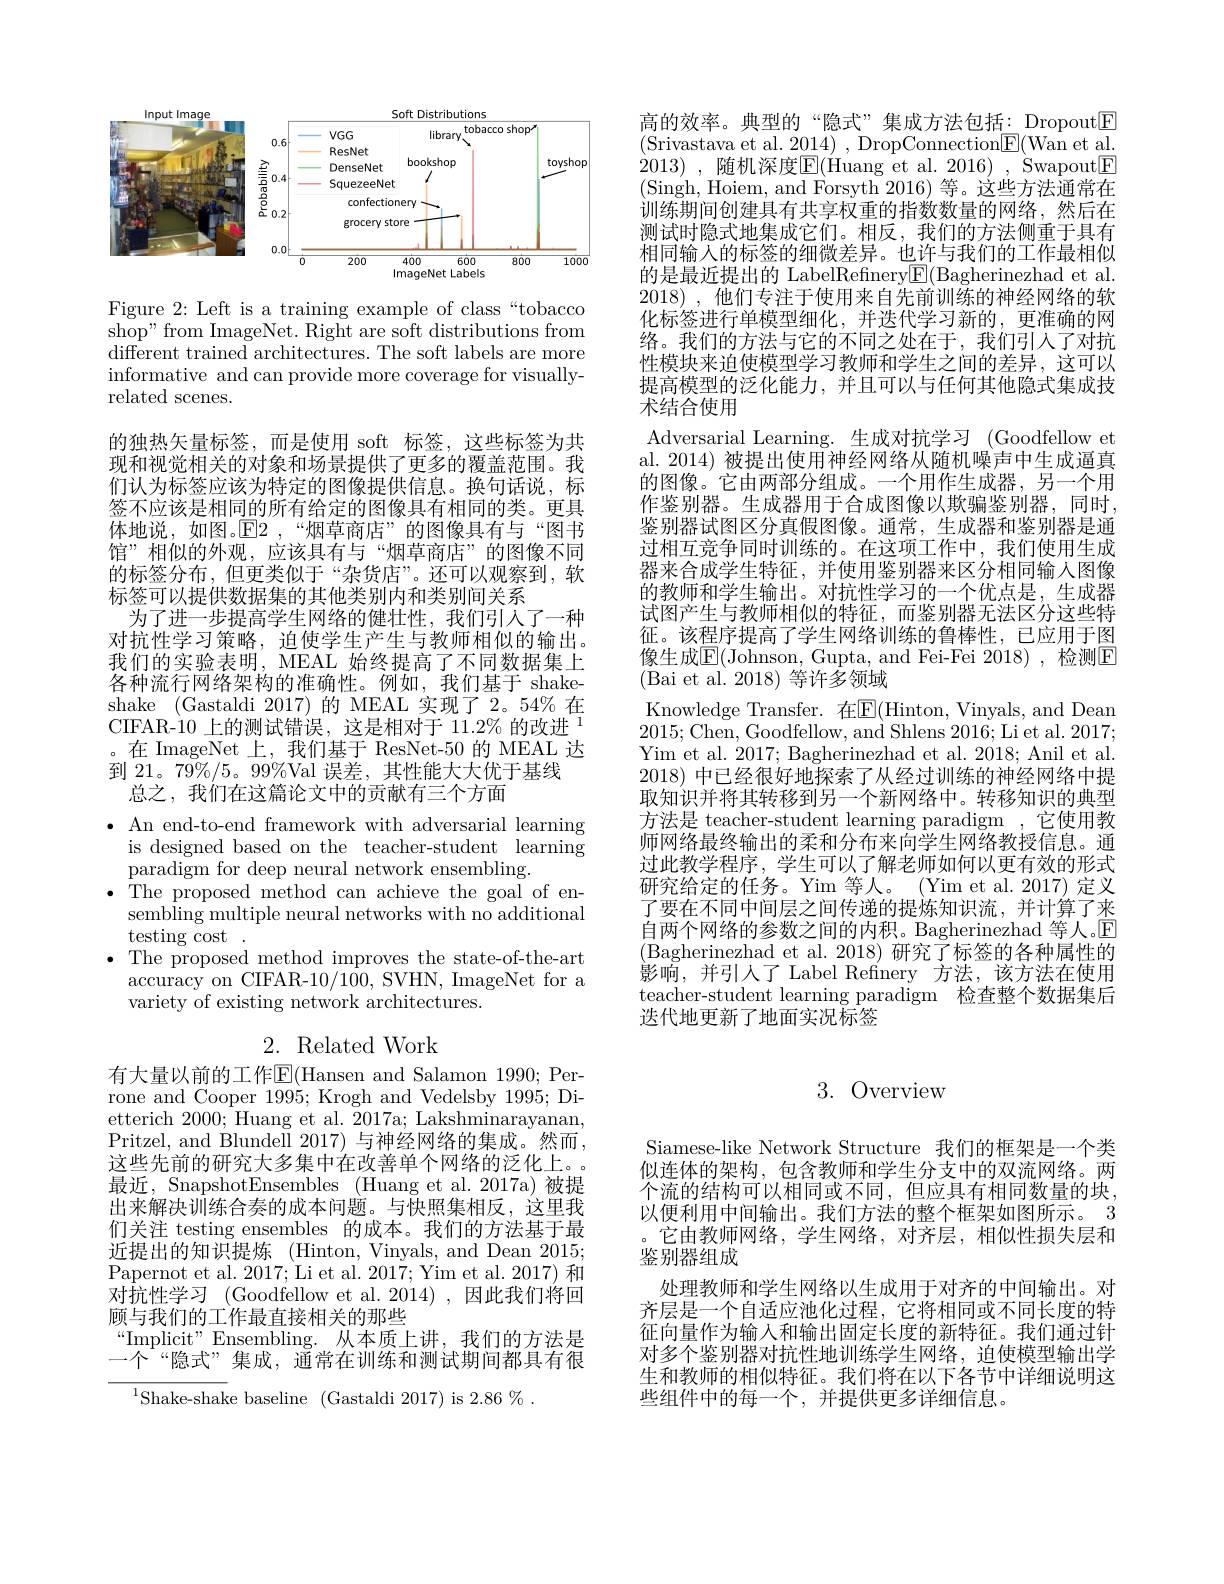
<FigureHere>

Figure 2: Left is a training example of class“tobacco shop" from ImageNet. Right are soft distributions from different trained architectures. The soft labels are more informative and can provide more coverage for visuallyrelated scenes.

的独热矢量标签，而是使用 soft 标签，这些标签为共现和视觉相关的对象和场景提供了更多的覆盖范围。我们认为标签应该为特定的图像提供信息。换句话说，标签不应该是相同的所有给定的图像具有相同的类。更具体地说，如图。$\mathbb{E} 2$ , “ 烟 草 商 店 ” 的 图 像 具 有 与 “ 图 书 馆”相似的外观，应该具有与“烟草商店”的图像不同的标签分布，但更类似于“杂货店”。还可以观察到，软标签可以提供数据集的其他类别内和类别间关系
为了进一步提高学生网络的健壮性，我们引人了一种对抗性学习策略，迫使学生产生与教师相似的输出。我们的实验表明，MEAL 始终提高了不同数据集上各种流行网络架构的准确性。例如，我们基于 shakeshake (Gastaldi 2017)的 MEAL 实现了 2。54%在CIFAR-10上的测试错误，这是相对于 11.2%的改进$^{1}$ 。在 ImageNet 上，我们基于 ResNet-50 的 MEAL 达到 21。79%/5。99%Val 误差，其性能大大优于基线
总之，我们在这篇论文中的贡献有三个方面
$\bullet$ An end-to-end framework with adversarial learning
is designed based on the teacher-student learning
paradigm for deep neural network ensembling.
$\bullet$ The proposed method can achieve the goal of en-
sembling multiple neural networks with no additional
testing cost .
$\bullet$ The proposed method improves the state-of-the-art
accuracy on CIFAR-10/100, SVHN, ImageNet for a
variety of existing network architectures.
2. Related Work

有大量以前的工作$\overline{\mathbb{E}}($Hansen and Salamon 1990; Perrone and Cooper 1995; Krogh and Vedelsby 1995; Dietterich 2000; Huang et al. 2017a; Lakshminarayanan, Pritzel, and Blundell 2017) 与神经网络的集成。然而， 这些先前的研究大多集中在改善单个网络的泛化上。最近，SnapshotEnsembles (Huang et al.2017a)被提出来解决训练合奏的成本问题。与快照集相反，这里我们关注 testing ensembles 的成本。我们的方法基于最近提出的知识提炼(Hinton,Vinyals,andDean2015; Papernot et al. 2017; Li et al. 2017; Yim et al. 2017) 和对抗性学习 (Goodfellow et al.2014),因此我们将回顾与我们的工作最直接相关的那些
“Implicit" Ensembling.从本质上讲，我们的方法是一个“隐式”集成，通常在训练和测试期间都具有很

$^{1}$Shake-shake baseline (Gastaldi 2017)is 2.86%.

高的效率。典型的“隐式”集成方法包括：Dropout$\boxed{\mathrm{F}}$ (Srivastava et al. 2014) , {DropConnection}{{E}}({{Wanetal}}. 2013) , 随机深度$\boxed{\mathrm{E}}($Huang et al.2016) , Swapout$\boxed{\mathrm{F}}$ (Singh, Hoiem, and Forsyth 2016) 等。这些方法通常在训练期间创建具有共享权重的指数数量的网络，然后在测试时隐式地集成它们。相反，我们的方法侧重于具有相同输入的标签的细微差异。也许与我们的工作最相似的是最近提出的 LabelRefinery$\boxed{\mathrm{F}}($Bagherinezhad et al. 2018),他们专注于使用来自先前训练的神经网络的软化标签进行单模型细化，并迭代学习新的，更准确的网络。我们的方法与它的不同之处在于，我们引人了对抗性模块来迫使模型学习教师和学生之间的差异，这可以提高模型的泛化能力，并且可以与任何其他隐式集成技术结合使用
Adversarial Learning. 生成对抗学习 (Goodfellow et al. 2014) 被提出使用神经网络从随机噪声中生成逼真的图像。它由两部分组成。一个用作生成器，另一个用作鉴别器。生成器用于合成图像以欺骗鉴别器，同时， 鉴别器试图区分真假图像。通常，生成器和鉴别器是通过相互竞争同时训练的。在这项工作中，我们使用生成器来合成学生特征，并使用鉴别器来区分相同输入图像的教师和学生输出。对抗性学习的一个优点是，生成器试图产生与教师相似的特征，而鉴别器无法区分这些特征。该程序提高了学生网络训练的鲁棒性，已应用于图像生成$\overline{\mathrm{E}}($Johnson, Gupta, and Fei-Fei 2018),检测$\overline{\mathrm{E}}$ (Bai et al. 2018) 等许多领域
Knowledge Transfer.在$\boxed{\mathrm{E}}($Hinton,Vinyals,and Dean 2015;Chen, Goodfellow, and Shlens 2016;Li et al. 2017; Yim et al. 2017; Bagherinezhad et al. 2018; Anil et al. 2018)中已经很好地探索了从经过训练的神经网络中提取知识并将其转移到另一个新网络中。转移知识的典型方法是 teacher-student learning paradigm ,它使用教师网络最终输出的柔和分布来向学生网络教授信息。通过此教学程序，学生可以了解老师如何以更有效的形式研究给定的任务。Yim 等人。(Yim et al.2017) 定义了要在不同中间层之间传递的提炼知识流，并计算了来自两个网络的参数之间的内积。Bagherinezhad 等人。$\mathbb{E}$ (Bagherinezhad et al.2018)研究了标签的各种属性的影响，并引人了 Label Refinery 方法，该方法在使用teacher-student learning paradigm 检查整个数据集后迭代地更新了地面实况标签

# 3.Overview

Siamese-like Network Structure 我们的框架是一个类似连体的架构，包含教师和学生分支中的双流网络。两个流的结构可以相同或不同，但应具有相同数量的块， 以便利用中间输出。我们方法的整个框架如图所示。3 ,它由教师网络，学生网络，对齐层，相似性损失层和鉴别器组成
处理教师和学生网络以生成用于对齐的中间输出。对齐层是一个自适应池化过程，它将相同或不同长度的特征向量作为输入和输出固定长度的新特征。我们通过针对多个鉴别器对抗性地训练学生网络，迫使模型输出学生和教师的相似特征。我们将在以下各节中详细说明这些组件中的每一个，并提供更多详细信息。